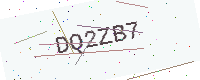
Text: DQ2ZB7